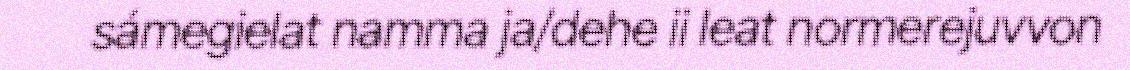
sámegielat namma ja/dehe ii leat normerejuvvon